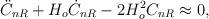
\begin{align*}\ddot{C}_{nR}+H_o\dot{C}_{nR}-2H_o^2C_{nR}\approx 0,\end{align*}